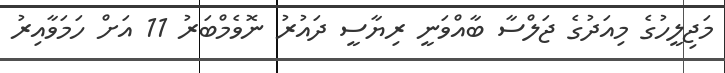
މަޖިލީހުގެ މިއަދުގެ ޖަލްސާ ބާއްވަނީ ރިޔާސީ ދައުރު ނޮވެމްބަރު 11 އަށް ހަމަވާއިރު